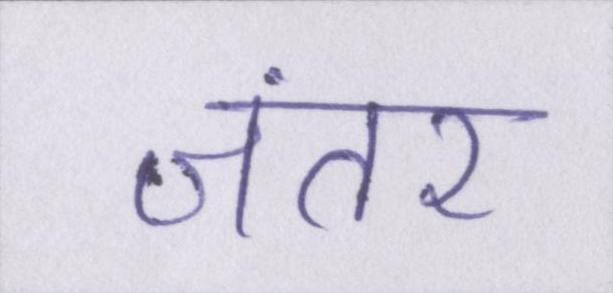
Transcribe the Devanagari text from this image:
जंतर